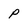
Character: p